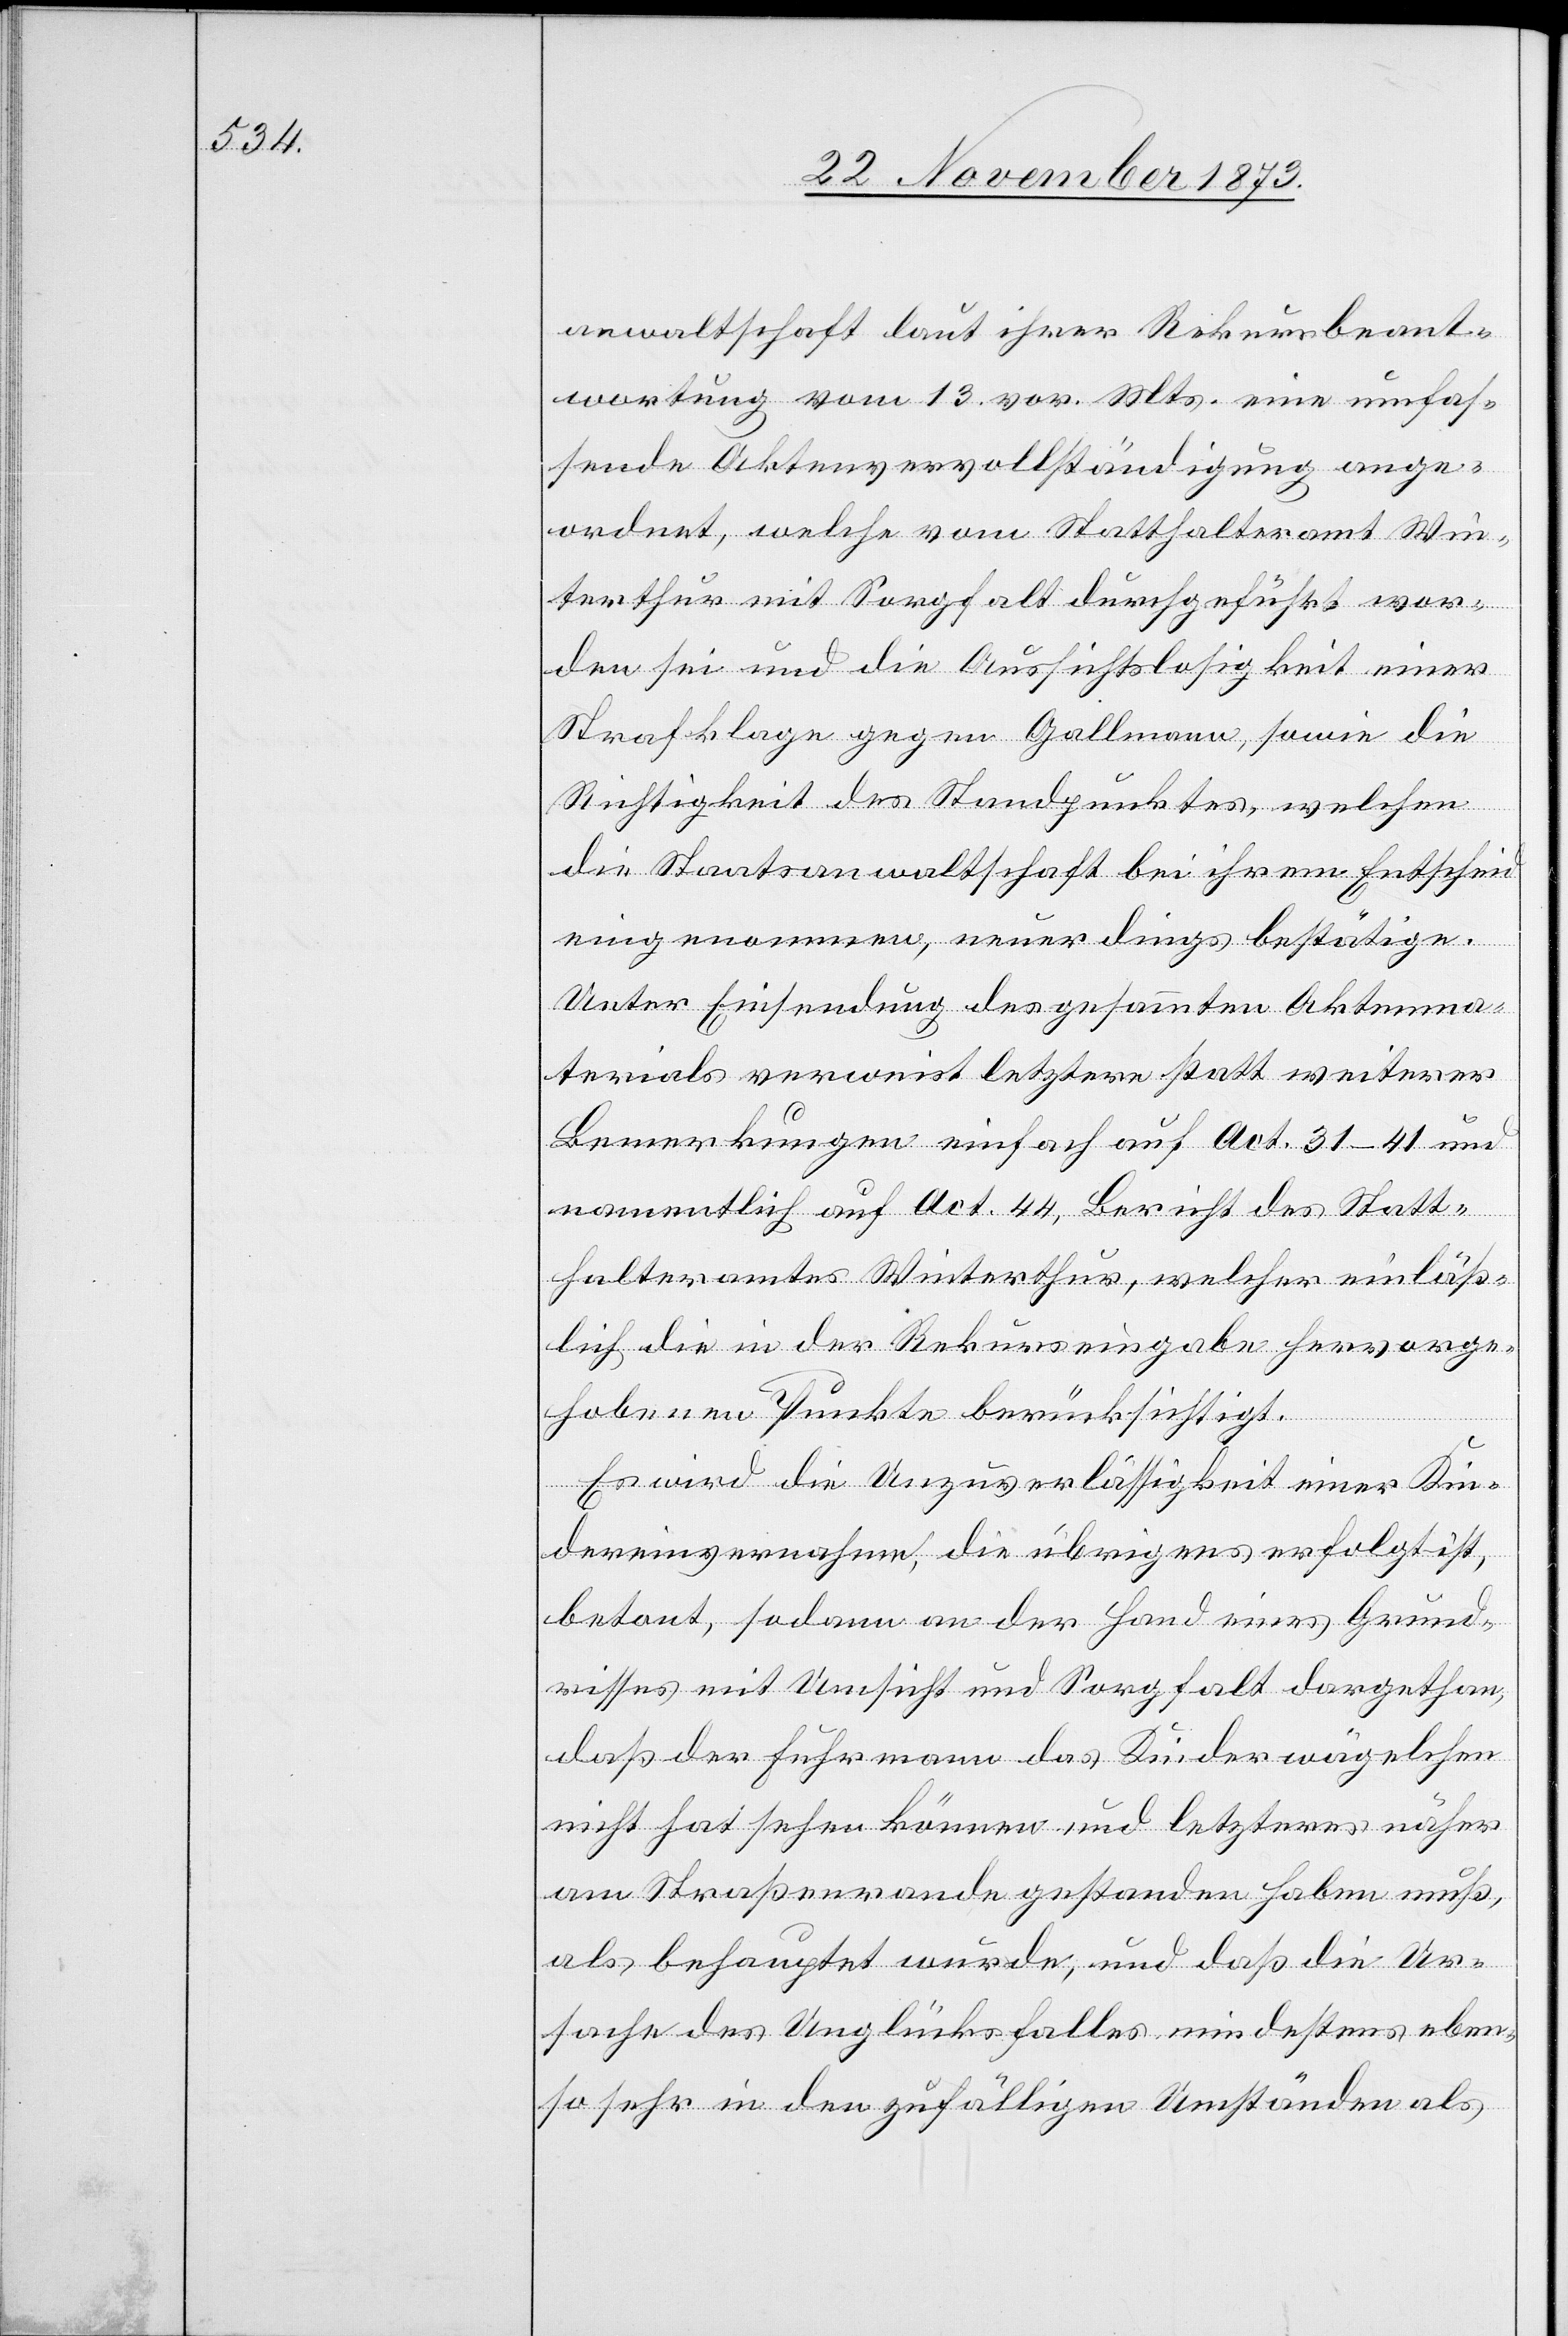
anwaltschaft laut ihrer Rekursbeant¬
wortung vom 13. vor. Mts. eine umfas¬
sende Aktenvervollständigung ange¬
ordnet, welche vom Statthalteramt Win¬
terthur mit Sorgfalt durchgeführt wor¬
den sei und die Aussichtslosigkeit einer
Strafklage gegen Gallmann, sowie die
Richtigkeit des Standpunktes, welchen
die Staatsanwaltschaft bei ihrem Entscheid
eingenommen, neuerdings bestätige.
Unter Einsendung des gesammten Aktenma¬
terials verweist letztere statt weiterer
Bemerkungen einfach auf Act. 31–41 und
namentlich auf Act. 44, Bericht des Statt¬
halteramtes Winterthur, welcher einläß¬
lich die in der Rekurseingabe hervorge¬
hobenen Punkte berücksichtigt.
Es wird die Unzuverlässigkeit einer Kin¬
dereinvernahme, die übrigens erfolgt ist,
betont, sodann an der Hand eines Grund¬
risses mit Umsicht und Sorgfalt dargethan,
daß der Fuhrmann das Kinderwägelchen
nicht hat sehen können und letzteres näher
am Straßenrande gestanden haben muß,
als behauptet wurde, und daß die Ur¬
sache des Unglücksfalles mindestens eben¬
so sehr in den zufälligen Umständen als